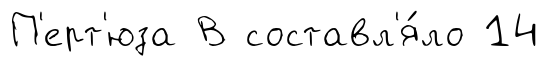
П'ерт'юза В составл'я́ло 14